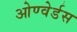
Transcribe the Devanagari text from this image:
ओण्वेर्डस